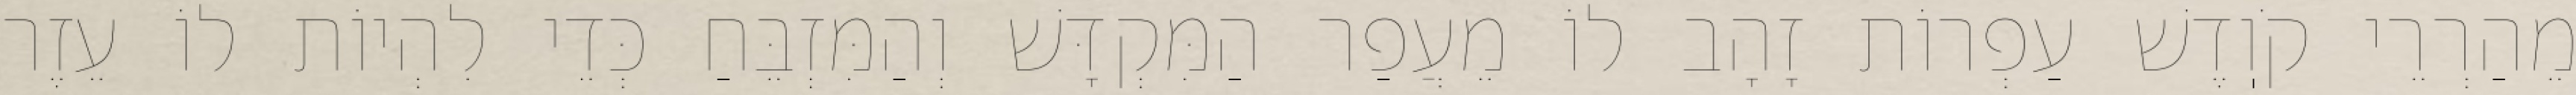
מֵהַרְרֵי קֹוֽדֶשׁ עַפְרוֹת זָהָב לוֹ מֵעֲפַר הַמִּקְדָּשׁ וְהַמִּזְבֵּחַ כְּדֵי לִהְיוֹת לוֹ עֵזֶר